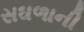
સઘળાની